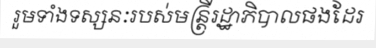
រួមទាំងទស្សនៈរបស់មន្ត្រីរដ្ឋាភិបាលផងដែរ